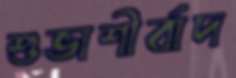
শুভাশীর্বাদ